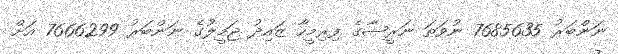
ނަންބަރު 7685635 ނުވަތަ ނަރީޝާގެ ފިރިމީހާ ޒައިދު ޖަމީލުގެ ނަންބަރު 7666299 އަށް